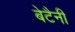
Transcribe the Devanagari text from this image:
बेटैनी